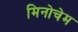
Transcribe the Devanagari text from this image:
मिनोचेम